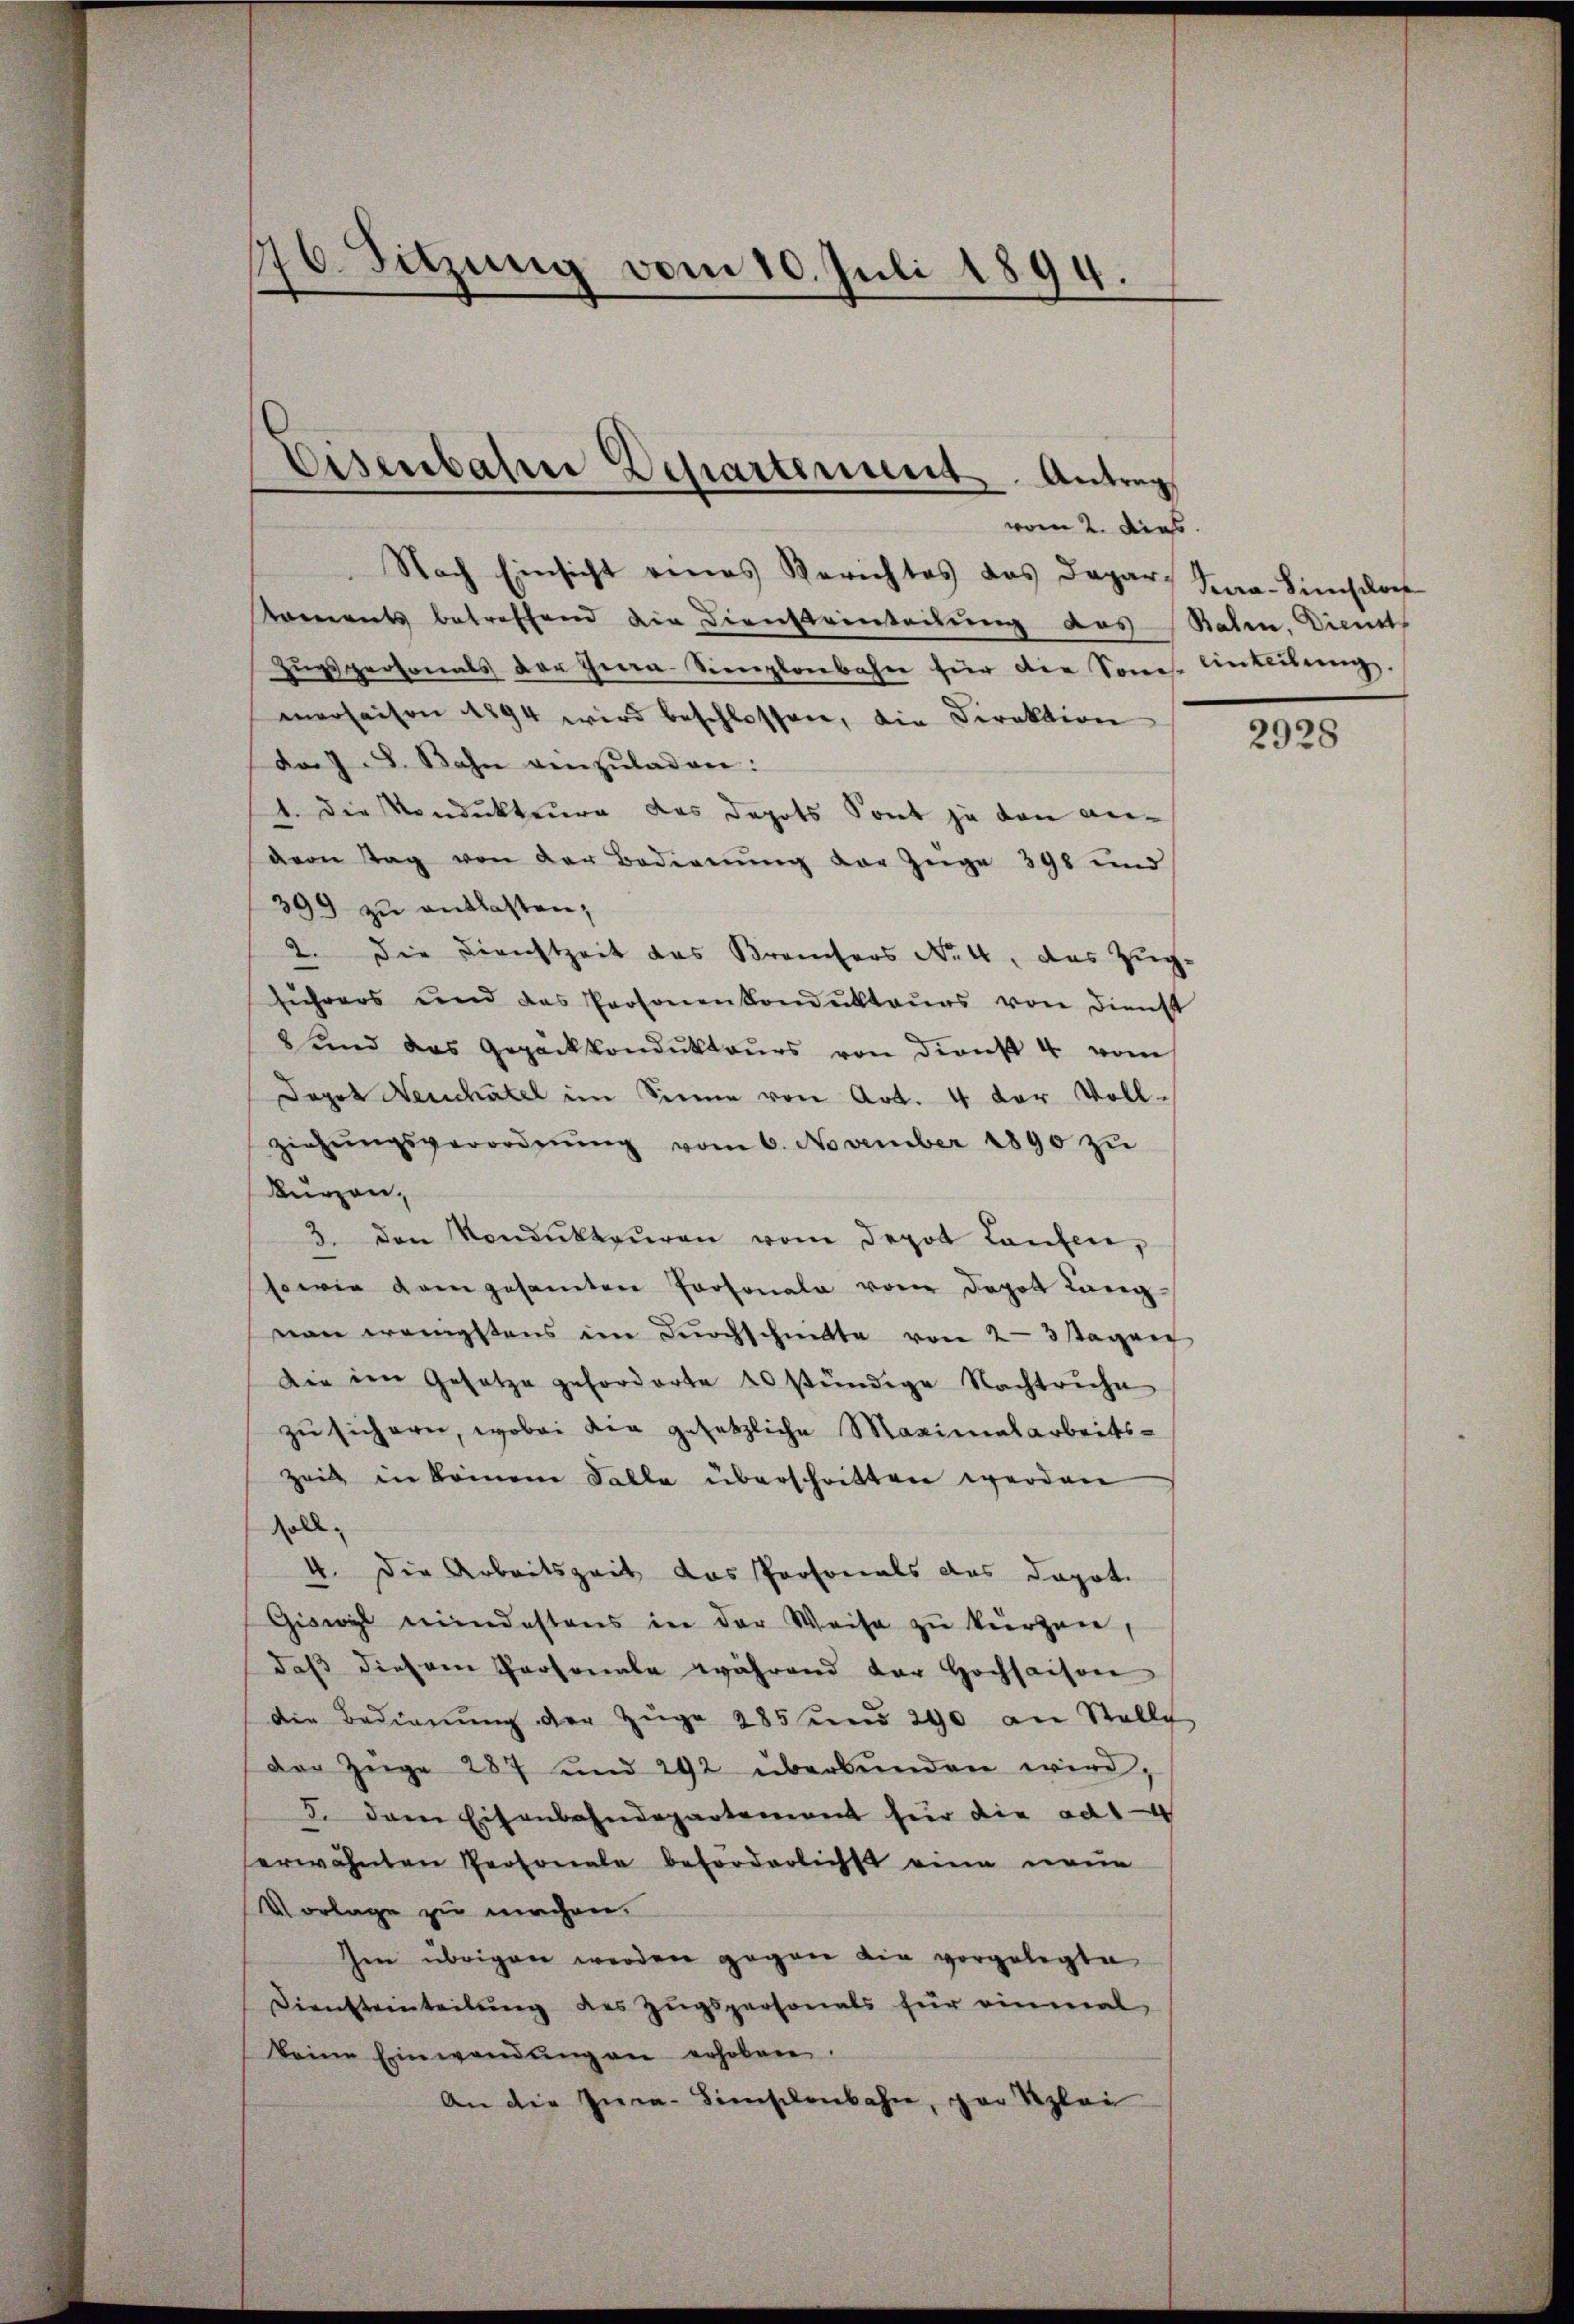
76. Sitzung vom 10. Juli 1894.

Eisenbahrer Departement. Antrag
vom 2. dies

Nach Einsicht eines Berichtes das Depar¬
Koments betreffend die Diensteinteilung des
Zŭrspersonals der Ina-Simplonbahn für die Sone-Einteilung.
merhaisen 1894 wird beschlossen, die Direktion
da J. J. Bahn venzŭladen:
1 die Vondukteure das Depots Sont ja von anvem Stag von der Bedienŭng der Züge 398 und
399 zu entlasten,
2. Die Dienstzeit das Kreisers Nr 4, das Zŭg.
führers und das Personenkondŭktaŭrs von Dienst
8 und das Gepackkondŭktoŭrs von dienst 4 vom
Topet Neuchâtel im Sinne von Art. 4 der Vollziehŭngsverordnŭng vom 6. November 1890 zŭ
kurzen,
3. den Kondŭkteŭren vom Depot Laufen,
sowie dann gesamten Personale vom Depot Lang
nan wenigstens im Dŭrchschnitte von 2-3 sagen
Die im Gesetze geforderte 20 stündige Nachtruhe
zu sichern, wobei die gesetzliche Maximalarbeits-
zeit in keinem Falle überschritten werden
soll.
4. Die Arbeitszeit das Personals das Dapot.
Giswyl mindestens in der Weise zu kurzen,
daß diesem Personale während der Hochsaison
die Bedienŭng der Züge 285 und 290 an Stelle
der Züge 287 und 292 überbŭnden wird,
5. Dann Eisenbahndepartement für die ad 14
erwähnten Personale beförderlichst eine neue
Vorlage zu machen.
Im übrigen werden gegen die vorgelegte
Diensteinteilŭng des Zŭgspersonals für einmal
keine Einwendŭng an erhoben.
An die Inca-Simschenbahn, par Klei

Feera-Simschon
Bahen, Dienst

2928